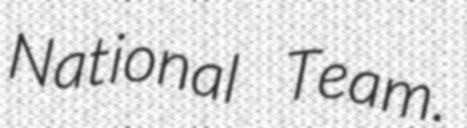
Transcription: National Team.